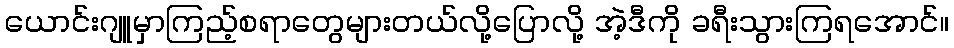
ယောင်းဂျူမှာကြည့်စရာတွေများတယ်လို့ပြောလို့ အဲ့ဒီကို ခရီးသွားကြရအောင်။